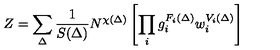
Z = \sum _ { \Delta } \frac { 1 } { S ( \Delta ) } N ^ { \chi ( \Delta ) } \left[ \prod _ { i } g _ { i } ^ { F _ { i } ( \Delta ) } w _ { i } ^ { V _ { i } ( \Delta ) } \right]